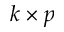
k \times p